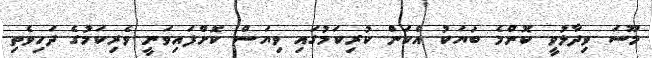
މޫސަ ވިދާޅުވީ ކޮންމެ ބަޔަކު އެކަން ކުރިކަމުގައި ވިޔަސް ކޮށްފައިވަނީ ވެރިކަމުގެ ދަހިވެތި